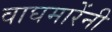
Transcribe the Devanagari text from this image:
वाघमारेंनी